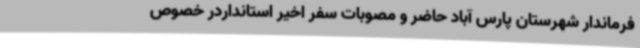
فرماندار شهرستان پارس آباد حاضر و مصوبات سفر اخیر استانداردر خصوص